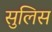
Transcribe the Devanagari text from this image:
सुलिस